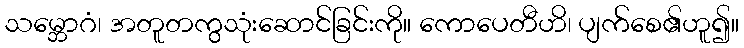
သမ္ဘောဂံ၊ အတူတကွသုံးဆောင်ခြင်းကို။ ကောပေတီဟိ၊ ပျက်စေ၏ဟူ၍။